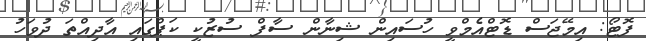
ފޮޓޯ: އިމޭޖަސް ޑޮޓްއެމްވީ ހުސައިން ޝިނާން ސާފް ސުޒުކީ ކަޕްގައި އާދިއްތަ ދުވަހު